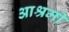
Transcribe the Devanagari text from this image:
आश्रमी